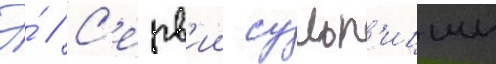
Э́ // С'ерв'ии сульп'иции